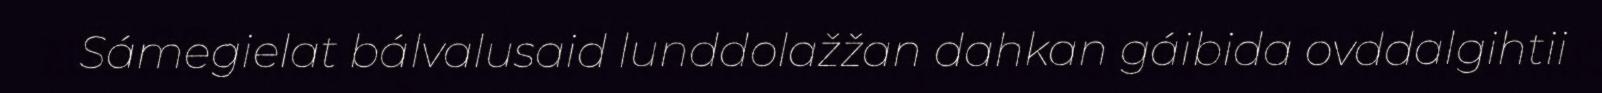
Sámegielat bálvalusaid lunddolažžan dahkan gáibida ovddalgihtii